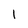
Character: 1